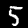
Digit: 5